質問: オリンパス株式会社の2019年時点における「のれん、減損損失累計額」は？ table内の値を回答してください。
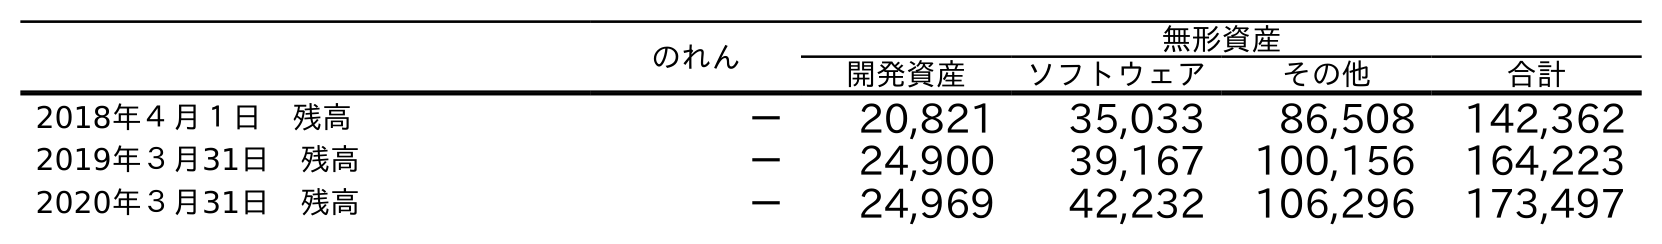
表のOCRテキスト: のれん 無形資産 開発資産 ソフトウェア その他 合計 2018年４月１日 残高 － 20,821 35,033 86,508 142,362 2019年３月31日 残高 － 24,900 39,167 100,156 164,223 2020年３月31日 残高 － 24,969 42,232 106,296 173,497
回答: －